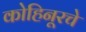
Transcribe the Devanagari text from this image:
कोहिनूरचे